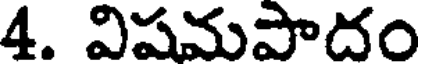
4. విషమపాదం